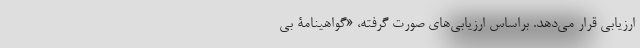
ارزیابی قرار می‌دهد. براساس ارزیابی‌های صورت گرفته، «گواهینامۀ بی